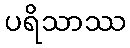
ပရိသာဿ